Annual administration and progress report of the Indian Medical Department, Bombay
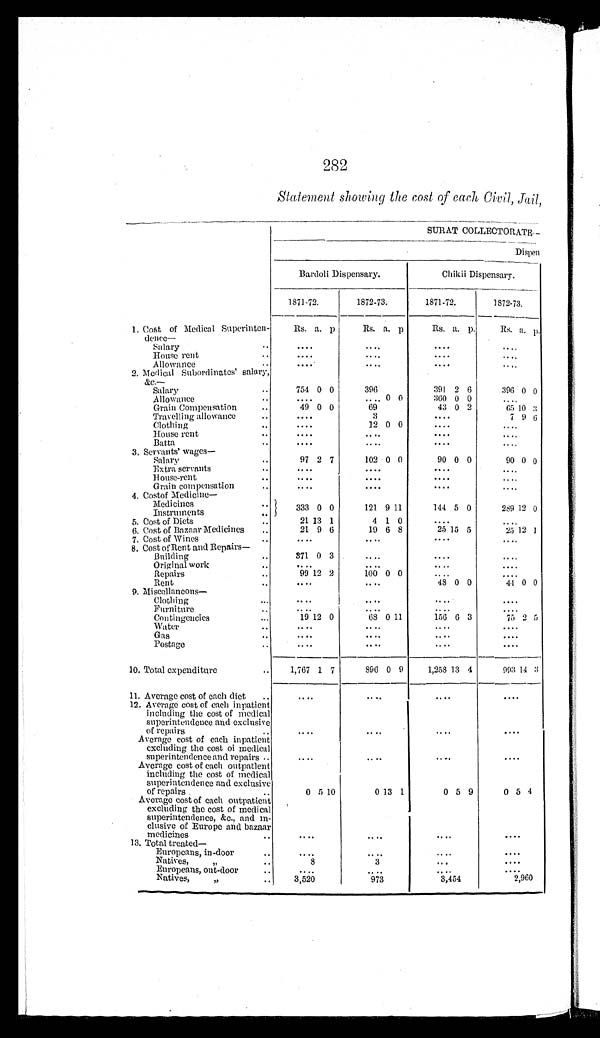
282
Statement showing the cost of each Civil, Jail,
SURAT COLLECTORATE—
Dispen
Bardoli Dispensary.
Chikii Dispensary.
1871-72.
1872-73.
1871-72.
1872-73.
1. Cost of Medical Superinten-
d e n c e —
Rs. a. p.
Rs. a. p.
R s .
a. p.
Rs. a. p.
Salary . . .
. . .
. . .
. . .
. . .
House rent . . .
. . .
. . .
. . .
. . .
Allowance . . .
. . .
. . .
. . .
. . .
2. Medical Subordinates' salary,
& c . —
754 0 0
396
391 2 6
396 0 0
Salary . . .
Allowance . . .
. . .
. . .
0 0
360 0 0
. . .
Grain Compensation . . .
4 9 0 0
69
43 0 2
65 10 3
Travelling allowance. . .
. . .
3
. . .
7 9 6
Clothing . . .
. . .
12 0 0
. . .
. . .
House rent . . .
. . .
. . .
. . .
. . .
Batta . . .
. . .
. . .
. . .
. . .
3. Servants' wages—
Salary . . .
97 2 7
102 0 0
90 0 0
90 0 0
Extra servants . . .
. . .
. . .
. . .
. . .
House-rent . . .
. . .
. . .
. . .
. . .
Grain compensation . . .
. . .
. . .
. . .
. . .
4. Cost of Medicine—
Medicines . . .
333 0 0
121 9 11
144 5 0
289 12 0
Instruments . . .
5. Cost of Diets . . .
21 13 1
4 1 0
. . .
. . .
6. Cost of Bazaar Medicines . . .
21 9 6
19 6 8
25 15 5
25 12 1
7. Cost of Wines . . .
. . .
. . .
. . .
. . .
8. Cost of Rent and Repairs—
Building . . .
3 7 1
0 3
. . .
. . .
. . .
Original work . . .
. . .
. . .
. . .
. . .
Repairs . . .
9 9 12 2
100 0 0
. . .
. . .
Rent . . .
. . .
. . .
4 8
0 0
44 0 0
9. Miscellaneous— Clothing . . .
. . .
. . .
. . .
. . .
Furniture . . .
. . .
. . .
. . .
. . .
Contingencies . . .
1 9 12 0
68 0 11
156 6 3
75 2 5
Water . . .
. . .
. . .
. . .
. . .
Gas . . .
. . .
. . .
. . .
. . .
Postage . . .
. . .
. . .
. . .
. . .
10. Total expenditure . . .
1,767
1 7
896 0 9
1,258 13 4
993 14 3
11. Average cost of each diet . . .
. . .
. . .
. . .
. . .
12. Average cost of each inpatient
including the cost of medical
superintendence and exclusive
of repairs . .
.
. . .
. . .
. . .
. . .
Average cost of each inpatient
excluding the cost of medical
superintendence and repairs . . .
. . .
. . .
. . .
. . .
Average cost of each outpatient
including the cost of medical
superintendence and exclusive
of repairs . . .
0 5
10
0 13 1
0 5 9
0 5 4
Average cost of each outpatient
excluding the cost of medical
superintendence, &c., and in
-
clusive of Europe and bazaar
medicines . . .
. . .
. . .
. . .
. . .
13. Total treated—
Europeans, in-door . . .
. . .
. . .
. . .
. . .
Natives, " . . .
8
3
. . .
. . .
Europeans, out-door . . .
. . .
. . .
. . .
. . .
Natives, " . . .
3,520
973
3,454
2 , 9 6 0